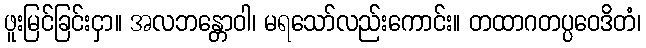
ဖူးမြင်ခြင်းငှာ။ အလဘန္တောဝါ၊ မရသော်လည်းကောင်း။ တထာဂတပ္ပဝေဒိတံ၊